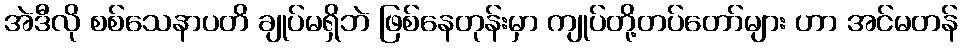
အဲဒီလို စစ်သေနာပတိ ချုပ်မရှိဘဲ ဖြစ်နေတုန်းမှာ ကျုပ်တို့တပ်တော်များ ဟာ အင်မတန်